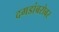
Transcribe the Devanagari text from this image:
दगडांबरोबर